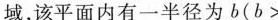
域，该平面内有一半径为b($$b>